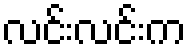
လင်းလင်းက